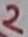
Text: 2